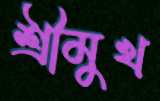
শ্রীমুখ